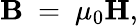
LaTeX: \mathbf{B}\ =\ \mu_{0}\mathbf{H},